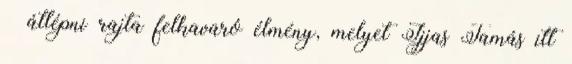
– átlépni rajta felkavaró élmény, melyet Ijjas Tamás itt